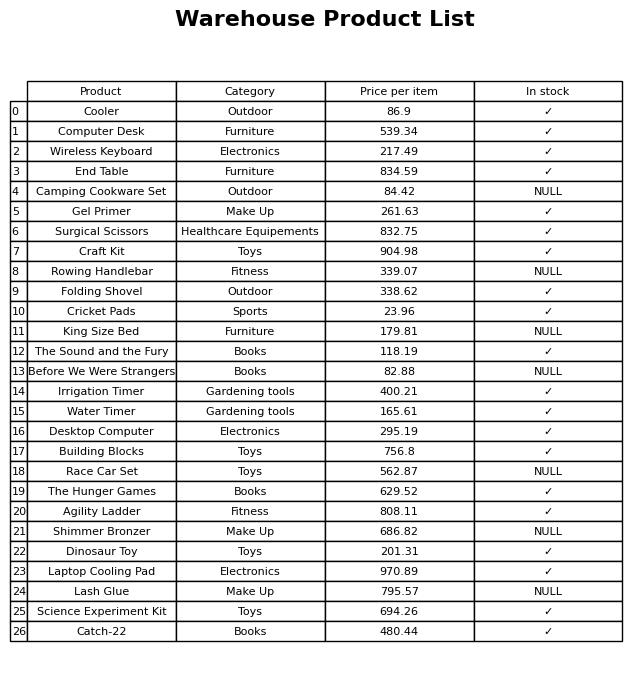
question: What is the price of the Before We Were Strangers?
answer: The price of Before We Were Strangers is 82.88.